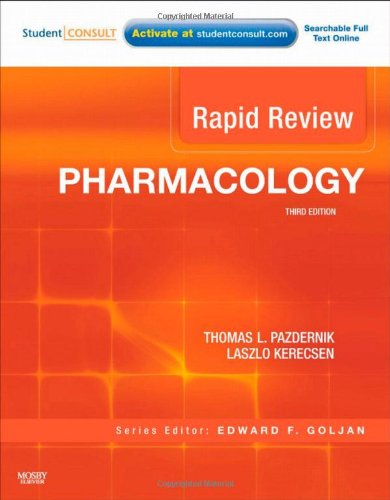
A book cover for Rapid Review Pharmacology: With STUDENT CONSULT Online Access, 3e; Thomas L. Pazdernik PhD; Medical Books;